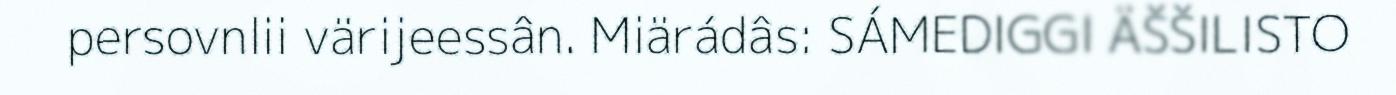
persovnlii värijeessân. Miärádâs: SÁMEDIGGI ÄŠŠILISTO